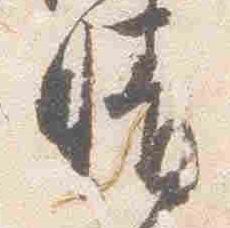
晴